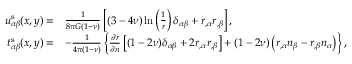
\begin{array} { r l } { u _ { \alpha \beta } ^ { \mathrm { s } } ( \boldsymbol { x } , \boldsymbol { y } ) = } & { \frac { 1 } { 8 \pi G ( 1 - \nu ) } \left[ ( 3 - 4 \nu ) \ln \left( \frac { 1 } { r } \right) \delta _ { \alpha \beta } + r _ { , \alpha } r _ { , \beta } \right] , } \\ { t _ { \alpha \beta } ^ { \mathrm { s } } ( \boldsymbol { x } , \boldsymbol { y } ) = } & { - \frac { 1 } { 4 \pi ( 1 - \nu ) } \left\{ \frac { \partial r } { \partial n } \left[ ( 1 - 2 \nu ) \delta _ { \alpha \beta } + 2 r _ { , \alpha } r _ { , \beta } \right] + ( 1 - 2 \nu ) \left( r _ { , \alpha } n _ { \beta } - r _ { , \beta } n _ { \alpha } \right) \right\} , } \end{array}